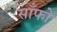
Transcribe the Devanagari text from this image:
साँफो